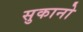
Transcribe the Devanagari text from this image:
सुकानो